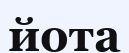
йота